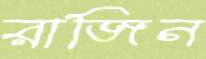
রাজিন